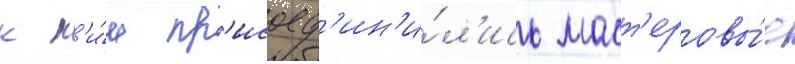
к н'и́м пр'исоед'ин'и́л'ись маст'еровы́е